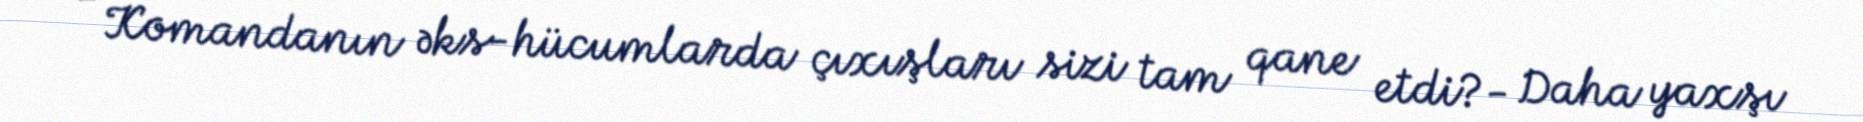
- Komandanın əks-hücumlarda çıxışları sizi tam qane etdi?- Daha yaxşı